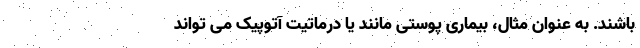
باشند. به عنوان مثال، بیماری پوستی مانند یا درماتیت آتوپیک می تواند